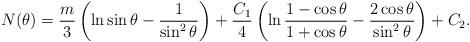
LaTeX: \begin{align*}N(\theta) = \frac{m}3 \left( \ln \sin\theta - \frac1{\sin^2\theta}\right) + \frac{C_1}4 \left( \ln \frac{1-\cos\theta}{1+\cos\theta}- \frac{2\cos\theta}{\sin^2\theta} \right) + C_2.\end{align*}